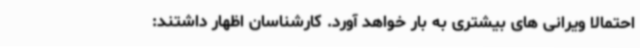
احتمالا ویرانی های بیشتری به بار خواهد آورد. کارشناسان اظهار داشتند: